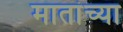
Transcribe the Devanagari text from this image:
मातांच्या